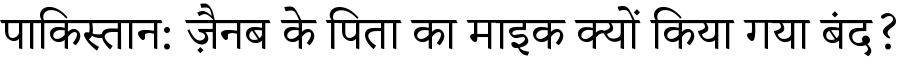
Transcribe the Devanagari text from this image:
पाकिस्तान: ज़ैनब के पिता का माइक क्यों किया गया बंद?